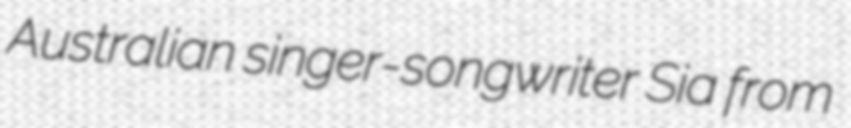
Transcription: Australian singer-songwriter Sia from